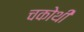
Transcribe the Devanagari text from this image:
चकोथी